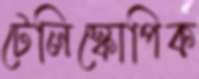
টেলিস্কোপিক